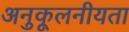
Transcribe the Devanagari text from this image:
अनुकूलनीयता